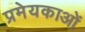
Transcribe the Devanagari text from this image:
प्रमेयकाओं